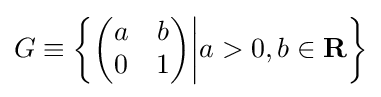
G\equiv \left\{{\begin{pmatrix}a&b\\0&1\end{pmatrix}}{\bigg |}a>0,b\in \mathbf {R} \right\}